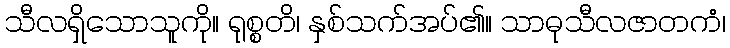
သီလရှိသောသူကို။ ရုစ္စတိ၊ နှစ်သက်အပ်၏။ သာဓုသီလဇာတကံ၊